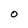
Character: O